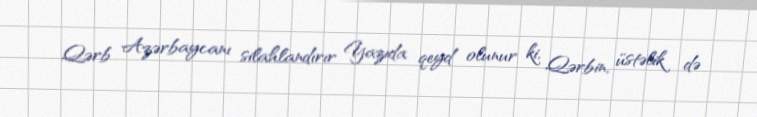
Qərb Azərbaycanı silahlandırır Yazıda qeyd olunur ki, Qərbin, üstəlik də